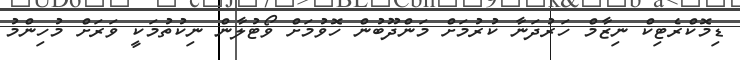
ޑިމޮކްރެޓިކް ނިޒާމް ހަރުދަނާ ކުރުމަށް މަންދޫބުން ހޮވުމަށް ވޯޓުލާން ނިކުތުމަކީ ވަރަށް މުހިންމު